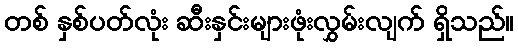
တစ် နှစ်ပတ်လုံး ဆီးနှင်းများဖုံးလွှမ်းလျက် ရှိသည်။